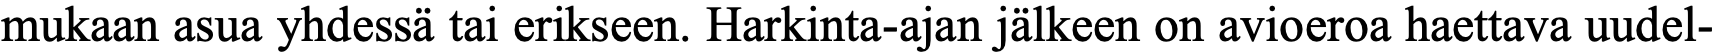
mukaan asua yhdessä tai erikseen. Harkinta-ajan jälkeen on avioeroa haettava uudel-